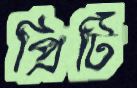
প্রিটি